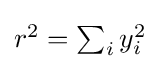
{\textstyle r^{2}=\sum _{i}y_{i}^{2}}